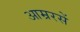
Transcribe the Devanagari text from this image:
आम्ररसें